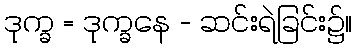
ဒုက္ခ = ဒုက္ခနေ - ဆင်းရဲခြင်း၌။